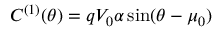
C ^ { ( 1 ) } ( \theta ) = q V _ { 0 } \alpha \sin ( \theta - \mu _ { 0 } )